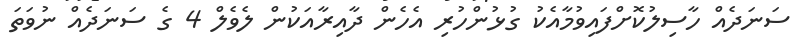
ސަނަދެއް ހާސިލުކޮށްފައިވުމާއެކު ގުޅުންހުރި އެހެން ދާއިރާއަކުން ލެވެލް 4 ގެ ސަނަދެއް ނުވަތަ